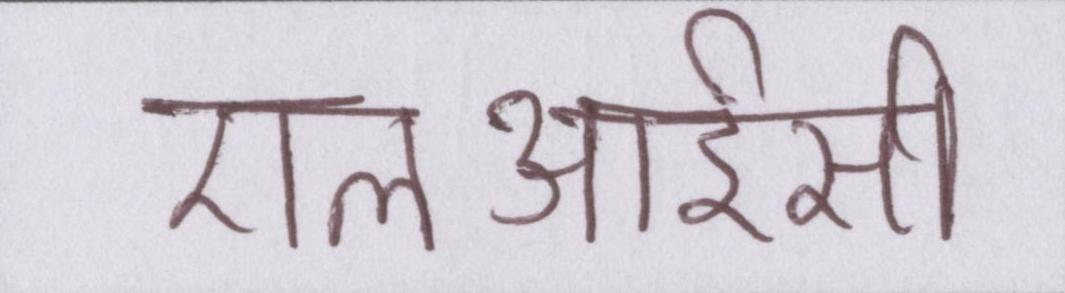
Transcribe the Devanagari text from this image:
एलआईसी